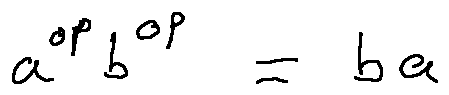
a ^ { o p } b ^ { o p } = b a